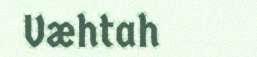
Væhtah